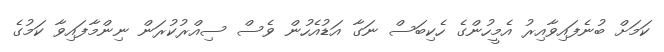
ކަމަށް ބުނެފައިވާއިރު އެމީހުންގެ ހެކިބަސް ނަގާ އަޑުއެހުން ވެސް ސިއްރުކުރަން ނިންމާފައިވާ ކަމުގެ